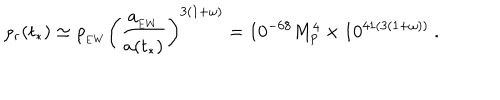
\rho _ { r } ( t _ { * } ) \simeq \rho _ { _ \mathrm { E W } } \left( { \frac { a _ { _ \mathrm { E W } } } { a ( t _ { * } ) } } \right) ^ { 3 ( 1 + \omega ) } = 1 0 ^ { - 6 8 } M _ { p } ^ { 4 } \times 1 0 ^ { 4 1 ( 3 ( 1 + \omega ) ) } \ .